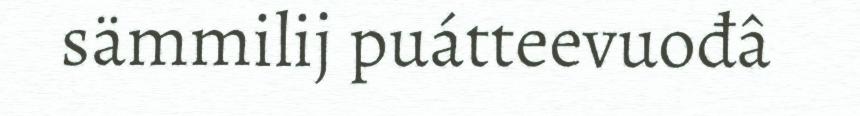
sämmilij puátteevuođâ